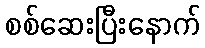
စစ်ဆေးပြီးနောက်